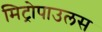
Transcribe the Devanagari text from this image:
मिट्रोपाउलस